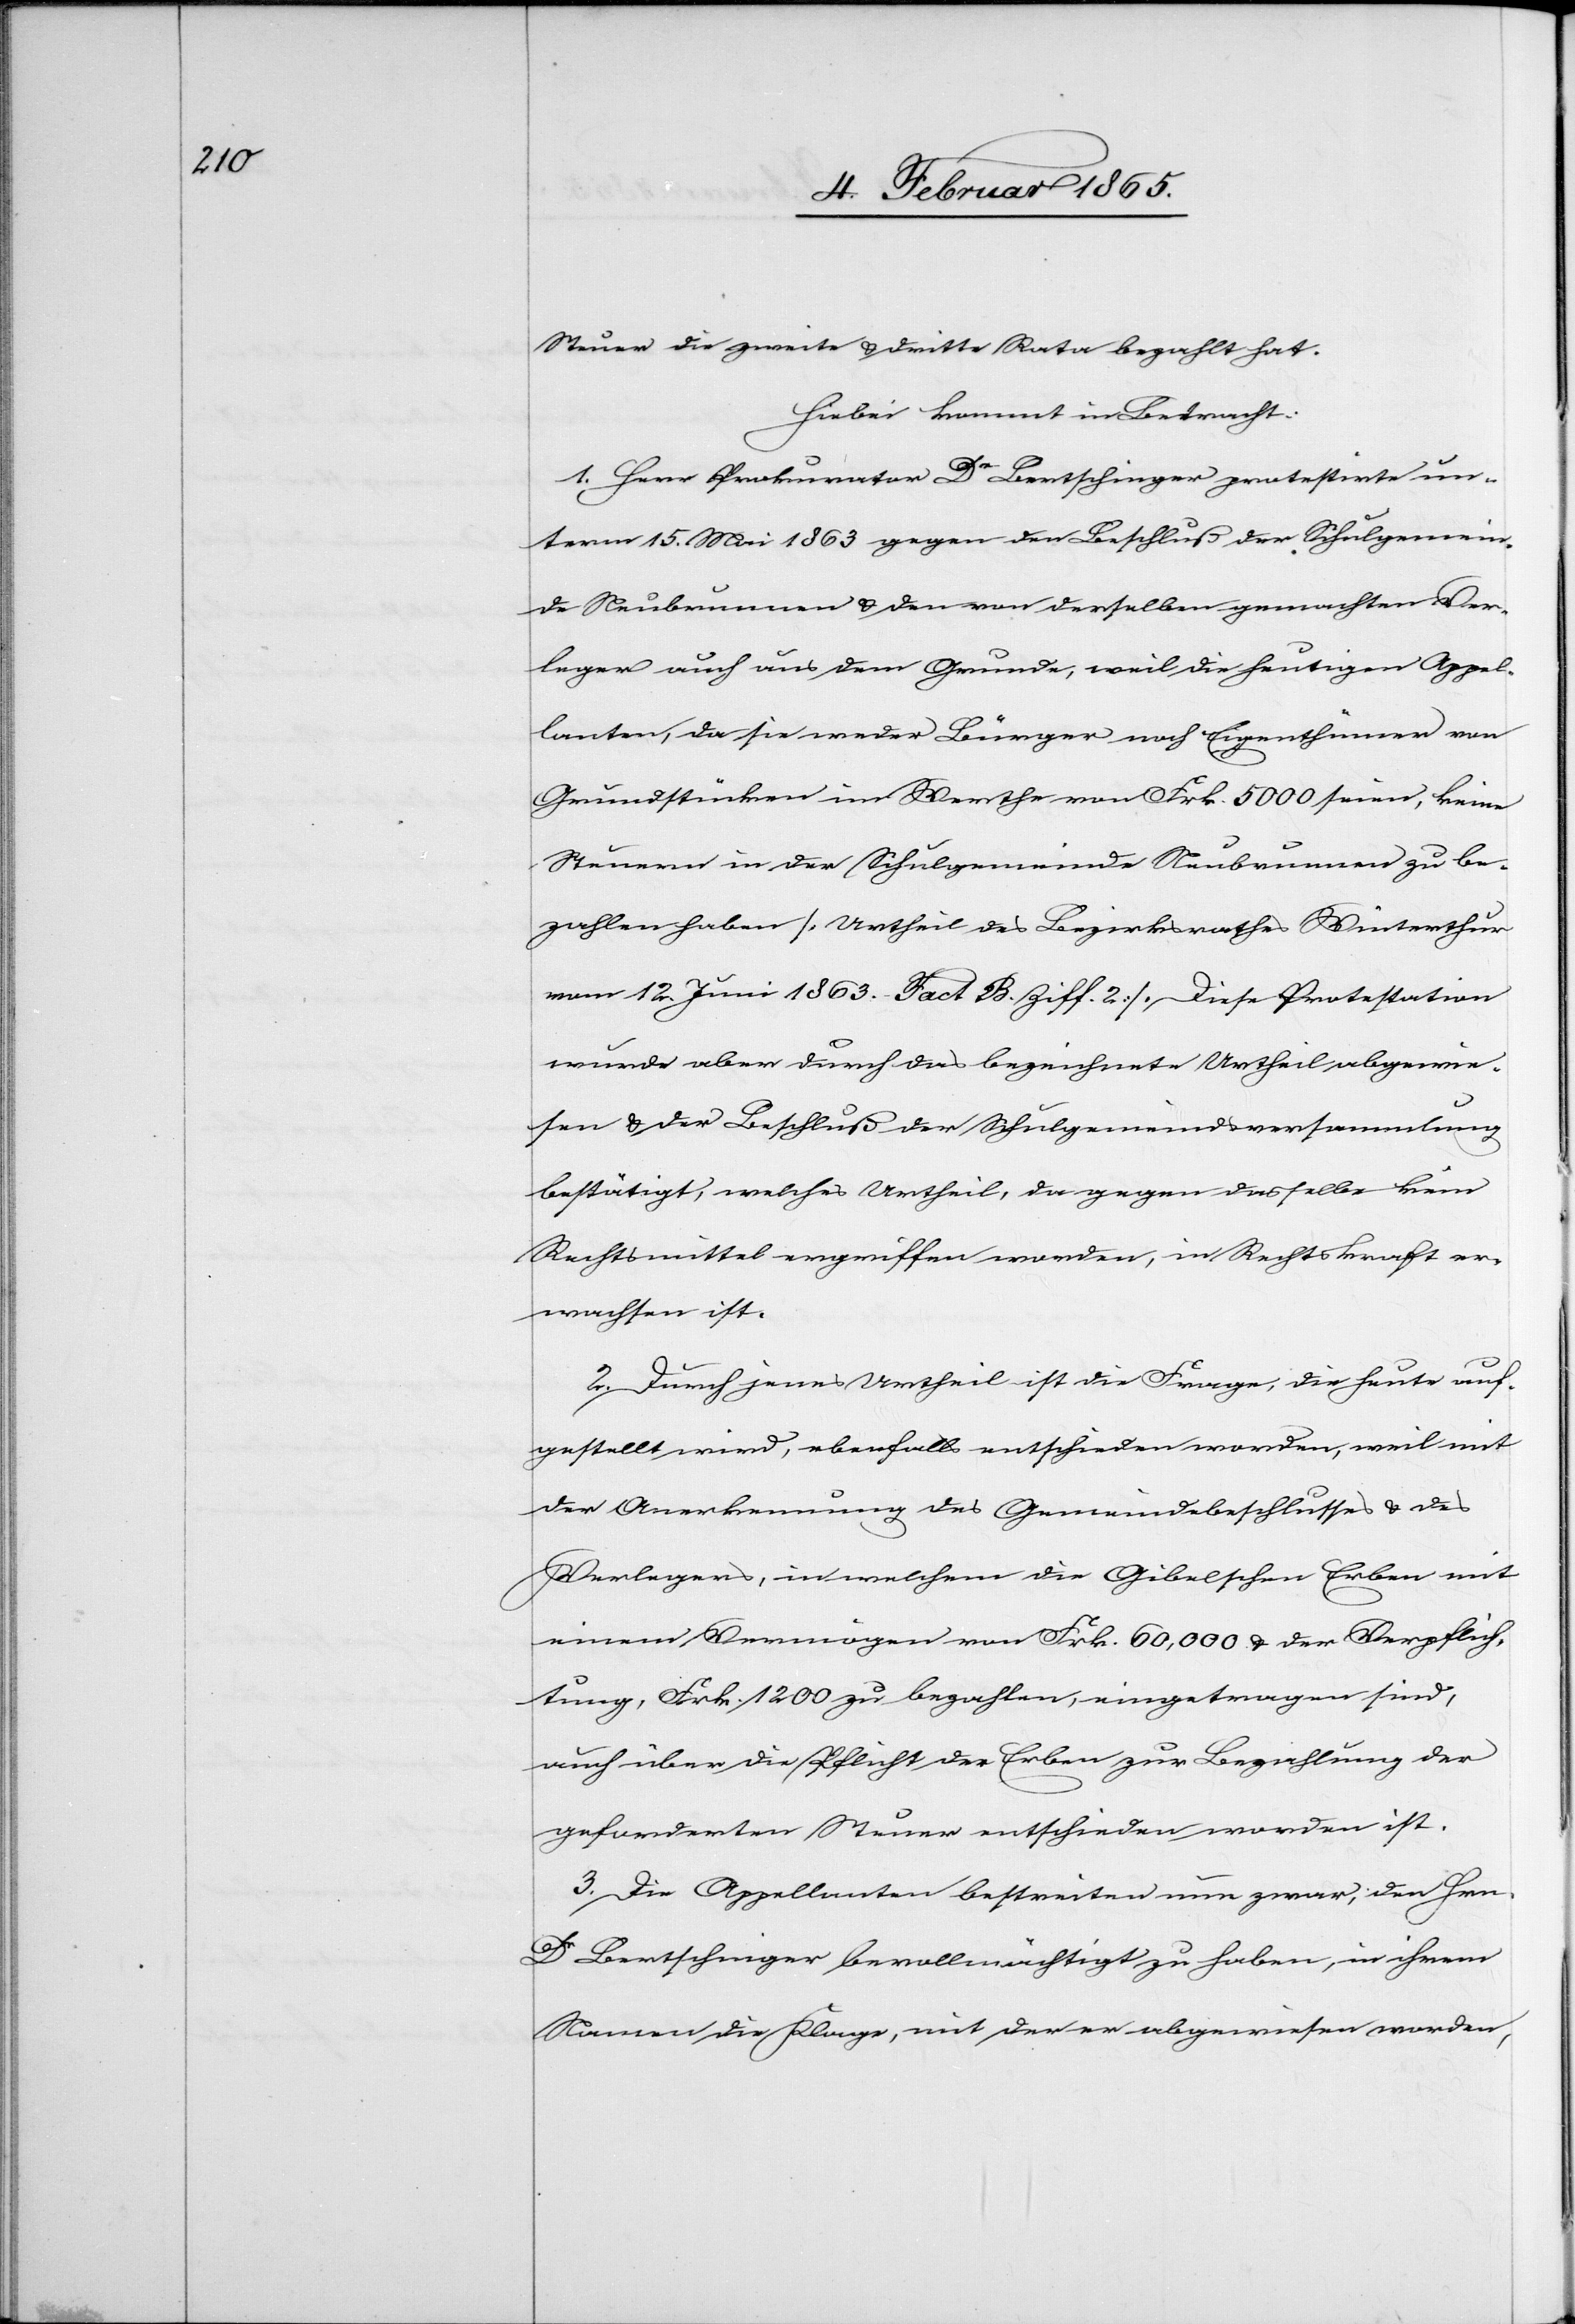
Steuer die zweite u. dritte Rata bezahlt hat.
Hiebei kommt in Betracht:
1. Herr Prokurator Dr Bertschinger protestirte un¬
term 15. Mai 1863 gegen den Beschluß der Schulgemein¬
de Neubrunnen u. den von derselben gemachten Ver¬
leger auch aus dem Grunde, weil die heutigen Appel¬
lanten, da sie weder Bürger noch Eigenthümer von
Grundstücken im Werthe von Frk. 5000 seien, keine
Steuern in der Schulgemeinde Neubrunnen zu be¬
zahlen haben [Urtheil des Bezirksrathes Winterthur
vom 12. Juni 1863. Fact B. Ziff. 2]. Diese Protestation
wurde aber durch das bezeichnete Urtheil abgewie¬
sen u. der Beschluß der Schulgemeindsversammlung
bestätigt, welches Urtheil, da gegen dasselbe kein
Rechtsmittel ergriffen worden, in Rechtskraft er¬
wachsen ist.
2. Durch jenes Urtheil ist die Frage, die heute auf¬
gestellt wird, ebenfalls entschieden worden, weil mit
der Anerkennung des Gemeindebeschlusses u. des
Verlegers, in welchem die Gibelschen Erben mit
einem Vermögen von Frk. 60,000 u. der Verpflich¬
tung, Frk. 1200 zu bezahlen, eingetragen sind,
auch über die Pflicht der Erben zur Bezahlung der
geforderten Steuer entschieden worden ist.
3. Die Appellanten bestreiten nun zwar, den Hrn.
Dr Bertschinger bevollmächtigt zu haben, in ihrem
Namen die Klage, mit der er abgewiesen worden,